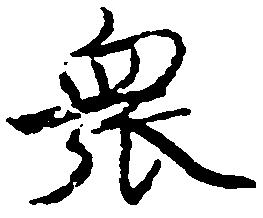
衆